Elephants and their diseases
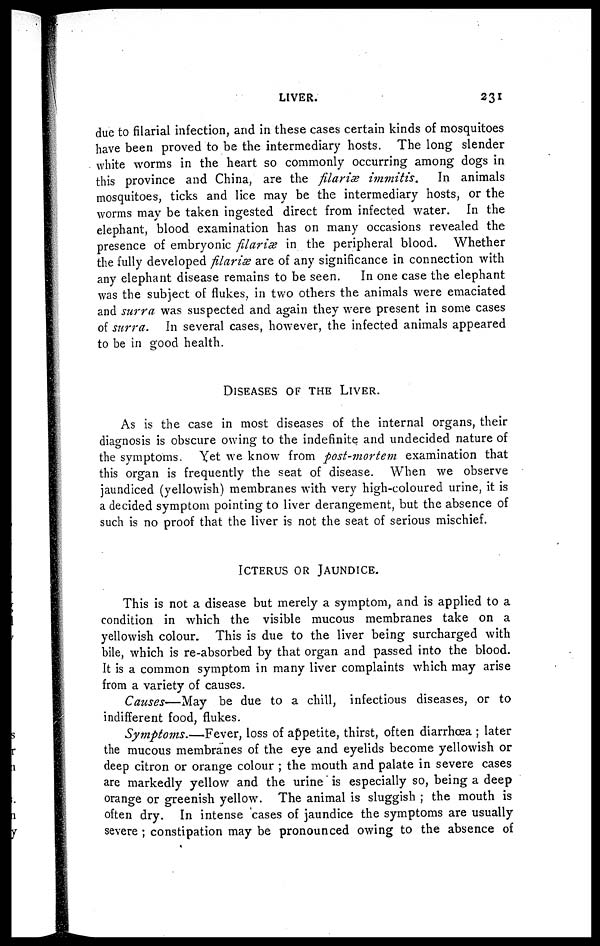
LIVER.
231
due to filarial infection, and in these cases certain kinds of mosquitoes
have been proved to be the intermediary hosts. The long slender
white worms in the heart so commonly occurring among dogs in
this province and China, are the filariæ immitis.
In animals
mosquitoes, ticks and lice may be the intermediary hosts, or the
worms may be taken ingested direct from infected water. In the
elephant, blood examination has on many occasions revealed the
presence of embryonic filariæ in the peripheral blood. Whether
the fully developed filariæ are of any significance in connection with
any elephant disease remains to be seen.
In one case the elephant
was the subject of flukes, in two others the animals were emaciated
and surra was suspected and again they were present in some cases
of surra.
In several cases, however, the infected animals appeared
to be in good health.
DISEASES OF THE LIVER.
As is the case in most diseases of the internal organs, their
diagnosis is obscure owing to the indefinite and undecided nature of
the symptoms. Yet we know from post-mortem examination that
this organ is frequently the seat of disease. When we observe
jaundiced (yellowish) membranes with very high-coloured urine, it is
a decided symptom pointing to liver derangement, but the absence of
such is no proof that the liver is not the seat of serious mischief.
ICTERUS OR JAUNDICE.
This is not a disease but merely a symptom, and is applied to a
condition in which the visible mucous membranes take on a
yellowish colour. This is due to the liver being surcharged with
bile, which is re-absorbed by that organ and passed into the blood.
It is a common symptom in many liver complaints which may arise
from a variety of causes.
Causes—May be due to a chill, infectious diseases, or to
indifferent food, flukes.
Symptoms.—Fever, loss of appetite, thirst, often diarrhoea ; later
the mucous membranes of the eye and eyelids become yellowish or
deep citron or orange colour ; the mouth and palate in severe cases
are markedly yellow and the urine is especially so, being a deep
orange or greenish yellow. The animal is sluggish ; the mouth is
often dry. In intense cases of jaundice the symptoms are usually
severe ; constipation may be pronounced owing to the absence of